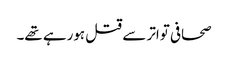
صحافی تواتر سے قتل ہورہے تھے۔